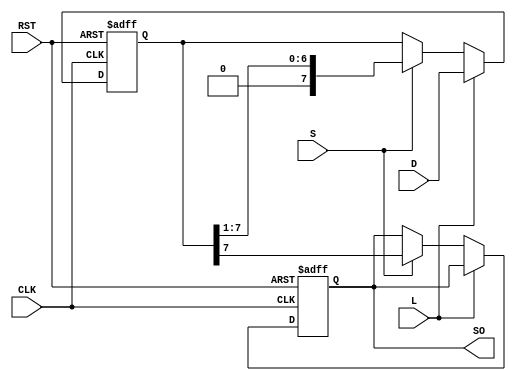
module PISO_Register #(
    parameter n = 8 // Parameter for the number of bits in the register
)(
    input wire [n-1:0] D,      // Parallel data input
    input wire L,               // Load control signal
    input wire S,               // Shift control signal
    input wire CLK,             // Clock signal
    input wire RST,             // Asynchronous reset signal
    output reg SO               // Serial output
);

    // Internal storage for the register
    reg [n-1:0] shift_reg;

    // Always block for synchronous operations
    always @(posedge CLK or posedge RST) begin
        if (RST) begin
            // Asynchronous reset: clear the shift register
            shift_reg <= {n{1'b0}};
            SO <= 1'b0; // Reset serial output
        end else begin
            if (L) begin
                // Load operation: load data from D into shift_reg
                shift_reg <= D;
            end else if (S) begin
                // Shift operation: shift data to the right
                SO <= shift_reg[n-1]; // Output the MSB
                shift_reg <= {1'b0, shift_reg[n-1:1]}; // Shift right
            end
        end
    end

endmodule